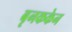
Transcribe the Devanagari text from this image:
बृनककेन